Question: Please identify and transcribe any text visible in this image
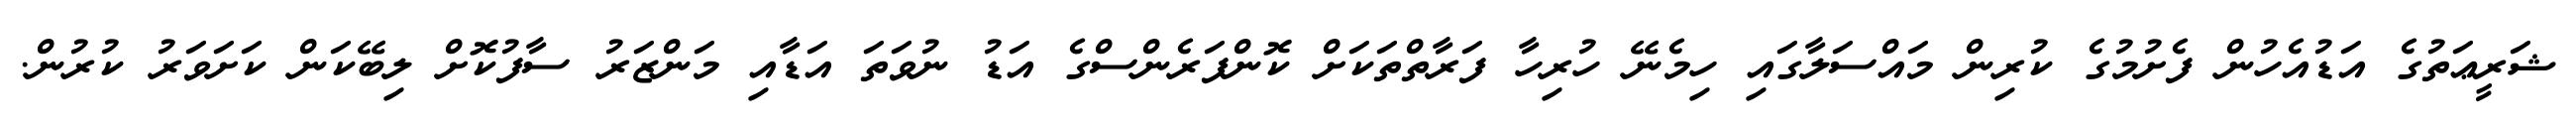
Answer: ޝަރީޢަތުގެ އަޑުއެހުން ފެށުމުގެ ކުރިން މައްސަލާގައި ހިމެނޭ ހުރިހާ ފަރާތްތަކަށް ކޮންފަރެންސްގެ އަޑު ނުވަތަ އަޑާއި މަންޒަރު ސާފުކޮށް ލިބޭކަން ކަށަވަރު ކުރުން.